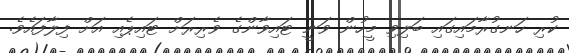
ކުރި ހަނގުރާމައިގައި ބަލިވި މީހުން ވަނީ ޓައިވާންގެ ވެރިރަށް ޓައިޕެއި އަށް ފިލާފައެވެ.